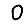
Digit: 0